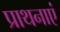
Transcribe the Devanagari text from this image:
प्राथनाएं